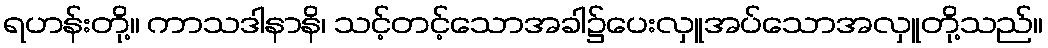
ရဟန်းတို့။ ကာသဒါနာနိ၊ သင့်တင့်သောအခါ၌ပေးလှူအပ်သောအလှူတို့သည်။